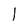
Character: 1